Lunatic asylums in Bengal annual reports 1888-1898 - 1888-1898
Year: 1888
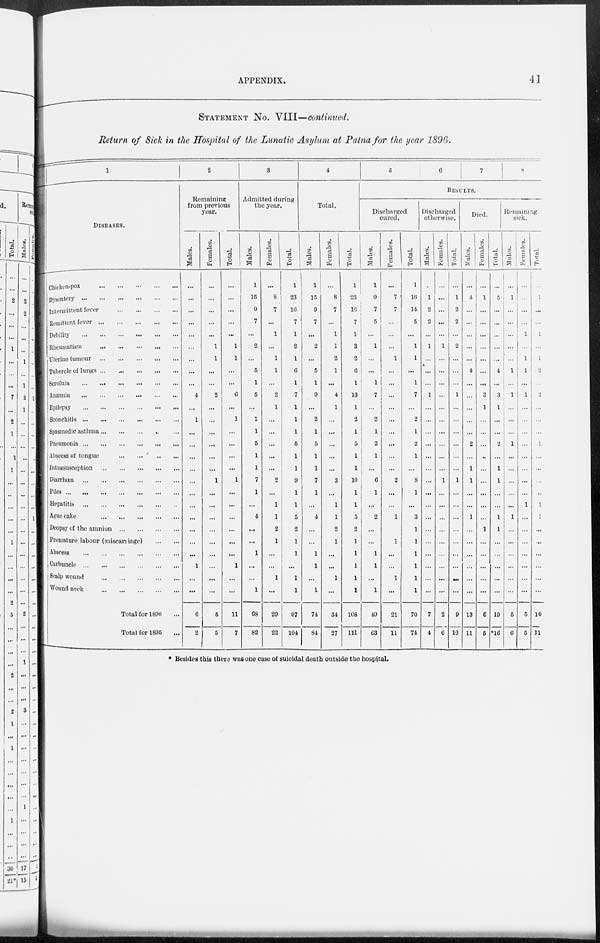
APPENDIX.
41
STATEMENT No. VIII—continued.
Return of Sick in the Hospital of the Lunatic Asylum at Patna for the year 1896.
1
DISEASES.
Chicken-pox
...
...
...
...
...
Dysentery
...
...
...
...
...
...
Intermittent fever ... ... ... ...
Remittent fever
...
...
...
...
...
Debility ... ... ... ... ... ...
Rheumatism
...
...
...
...
...
Uterine tumour
...
...
...
...
...
Tubercle of lungs ... ... ... ... ...
Scrofula ... ... ... ... ... ...
Anæmia ... ... ... ... ... ...
Epilepsy ... ... ... ... ... ...
Bronchitis
...
...
...
...
...
...
Spasmodic asthma
...
...
...
...
...
Pneumonia
...
...
...
...
...
...
Abscess of tongue ... ... ... ...
Intussusception
...
...
...
...
...
Diarrhœa
...
...
...
...
...
...
Piles
...
...
...
...
...
...
...
Hepatitis
...
...
...
...
...
...
Ague cake
...
...
...
...
...
Dropsy of the amnion
...
...
...
...
Premature labour (miscarriage)
...
...
Abscess
...
...
...
...
...
...
Carbuncle ... ... ... ... ...
Scalp wound
...
...
...
...
...
Wound neck
Total for 1896 ...
Total for 1895 ...
2
Remaining
from previous
year.
Males.
...
...
...
...
...
...
...
...
...
4
...
1
...
...
...
...
...
...
...
...
...
...
...
1
...
...
6
2
Females.
...
...
...
...
...
1
1
...
...
2
...
...
...
...
...
...
1
...
...
...
...
...
...
...
...
...
5
5
Total.
...
...
...
...
...
1
1
...
...
6
...
1
...
...
...
...
1
...
...
...
...
...
...
1
...
...
11
7
3
Admitted during
the year.
Males.
1
15
9
7
...
2
...
5
1
5
...
1
1
5
1
1
7
1
...
4
...
...
1
...
...
1
68
82
Females.
...
8
7
...
1
...
1
1
...
2
1
...
...
...
...
...
2
...
1
1
2
1
...
...
1
...
29
22
Total.
1
23
16
7
1
2
1
6
1
7
1
1
1
5
1
1
9
1
1
5
2
1
1
...
1
1
97
104
4
Total.
Males.
1
15
9
7
...
2
...
5
1
9
...
2
1
5
1
1
7
1
...
4
...
...
1
1
...
1
74
84
Females.
...
8
7
...
1
1
2
1
...
4
1
...
...
...
...
...
3
...
1
1
2
1
...
...
1
...
34
27
Total.
1
23
16
7
1
3
2
6
1
13
1
2
1
5
1
1
10
1
1
5
2
1
1
1
1
1
108
111
5
6
7
8
RESULTS.
Discharged
cured.
Males.
1
9
7
5
...
1
...
...
1
7
...
2
1
2
1
...
6
1
...
2
...
...
1
1
...
1
49
63
Females.
...
7
7
...
...
...
1
...
...
...
...
...
...
...
...
...
2
...
...
1
1
...
...
1
...
21
11
Total.
1
10
14
5
...
1
1
...
1
7
...
2
1
2
1
...
8
1
...
3
1
1
1
1
1
1
70
74
Discharged
otherwise.
Males.
...
1
2
2
...
1
...
...
...
1
...
...
...
...
...
...
...
...
...
...
...
...
...
...
...
...
7
4
Females.
...
...
...
...
...
1
...
...
...
...
...
...
...
...
...
...
1
...
...
...
...
...
...
...
...
...
2
6
Total.
...
1
2
2
...
2
...
...
...
1
...
...
...
...
...
...
1
...
...
...
...
...
...
...
...
...
9
10
Died.
Males.
...
4
...
...
...
...
...
4
...
...
...
...
...
2
...
1
1
...
...
1
...
...
...
...
...
...
13
11
Females.
...
1
...
...
...
...
...
...
...
3
1
...
...
...
...
...
...
...
...
...
1
...
...
...
...
...
6
5
Total.
...
5
...
...
...
...
...
4
...
3
1
...
...
2
...
1
1
...
...
1
1
...
...
...
...
...
19
*16
Remaining
sick.
Males.
...
1
...
...
...
...
...
1
...
1
...
...
...
1
...
...
...
...
...
1
...
...
...
...
...
...
5
6
Females.
...
...
...
...
1
...
1
1
...
1
...
...
...
...
...
...
...
...
1
...
...
...
...
...
...
...
5
5
Total.
...
1
...
...
1
...
1
2
...
2
...
...
...
1
...
...
...
...
1
1
...
...
...
...
...
...
10
11
* Besides this there was one case of suicidal death outside the hospital.